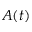
A ( t )